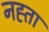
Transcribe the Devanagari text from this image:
नह्ता